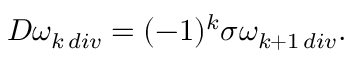
D \omega _ { k \, d i v } = ( - 1 ) ^ { k } \sigma \omega _ { k + 1 \, d i v } .